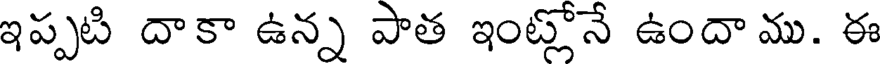
ఇప్పటి దాకా ఉన్న పాత ఇంట్లోనే ఉందా ము. ఈ